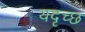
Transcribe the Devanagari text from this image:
यदृच्छ